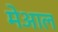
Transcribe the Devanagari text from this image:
मेआल